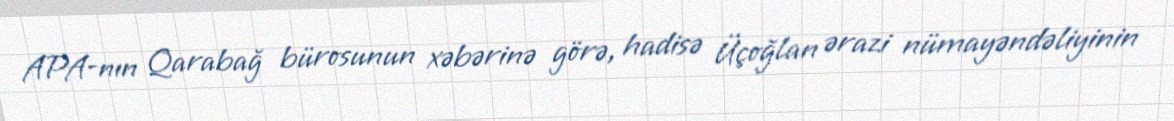
APA-nın Qarabağ bürosunun xəbərinə görə, hadisə Üçoğlan ərazi nümayəndəliyinin